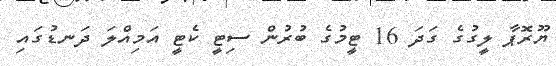
ޔޫރޮޕާ ލީގުގެ ގަދަ 16 ޓީމުގެ ބުރުން ސިޓީ ކެޓީ އަމިއްލަ ދަނޑުގައި